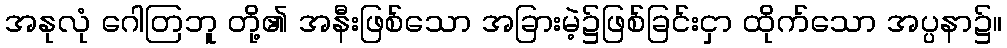
အနုလုံ ဂေါတြဘူ တို့၏ အနီးဖြစ်သော အခြားမဲ့၌ဖြစ်ခြင်းငှာ ထိုက်သော အပ္ပနာ၌။